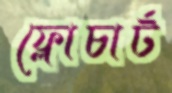
ফ্লোচার্ট